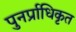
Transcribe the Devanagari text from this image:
पुनर्प्राधिकृत